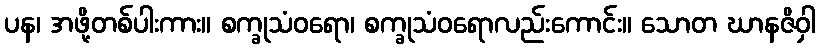
ပန၊ အဖို့တစ်ပါးကား။ စက္ခုသံဝရော၊ စက္ခုသံဝရောလည်းကောင်း။ သောတ ဃာနဇိဝှါ